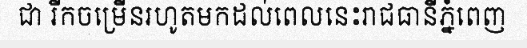
ជា រីកចម្រើនរហូតមកដល់ពេលនេះរាជធានីភ្នំពេញ